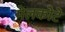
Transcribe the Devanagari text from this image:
मेलकोटे